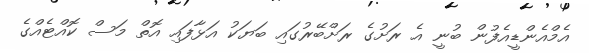
އެމްއެންޑީއެފުން ބުނީ އެ ރަށުގެ ރަށްބޭރުގައި ބަޔަކު އަޅާފައި އޮތް މަސް ކޮއްޓެއްގެ